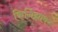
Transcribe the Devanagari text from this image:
किर्गिझांवर